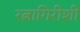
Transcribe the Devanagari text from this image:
रत्नागिरीशी